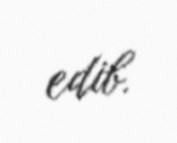
edib.